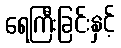
ရေကြီးခြင်းနှင့်